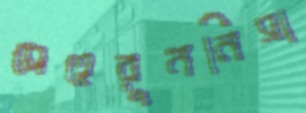
মেহেরুননিসা